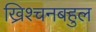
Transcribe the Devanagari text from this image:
ख्रिश्चनबहुल